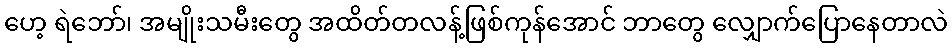
ဟေ့ ရဲဘော်၊ အမျိုးသမီးတွေ အထိတ်တလန့်ဖြစ်ကုန်အောင် ဘာတွေ လျှောက်ပြောနေတာလဲ